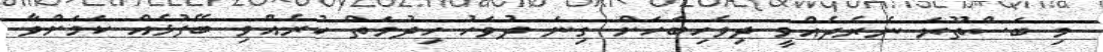
މި ބަސްތޫރަ ނެރެދެއްވީ ދިވެހިބަހަށް ގިނަ ދުވަހު ހިދުމަތް ކުރެއްވި ބޭފުޅެއް ކަމަށްވާ